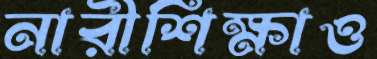
নারীশিক্ষাও